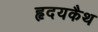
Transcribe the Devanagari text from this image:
हृदयकैथ